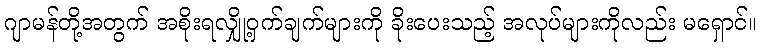
ဂျာမန်တို့အတွက် အစိုးရလျှို့ဝှက်ချက်များကို ခိုးပေးသည့် အလုပ်များကိုလည်း မရှောင်။